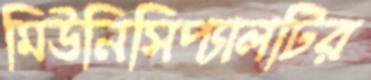
মিউনিসিপ্যালটির